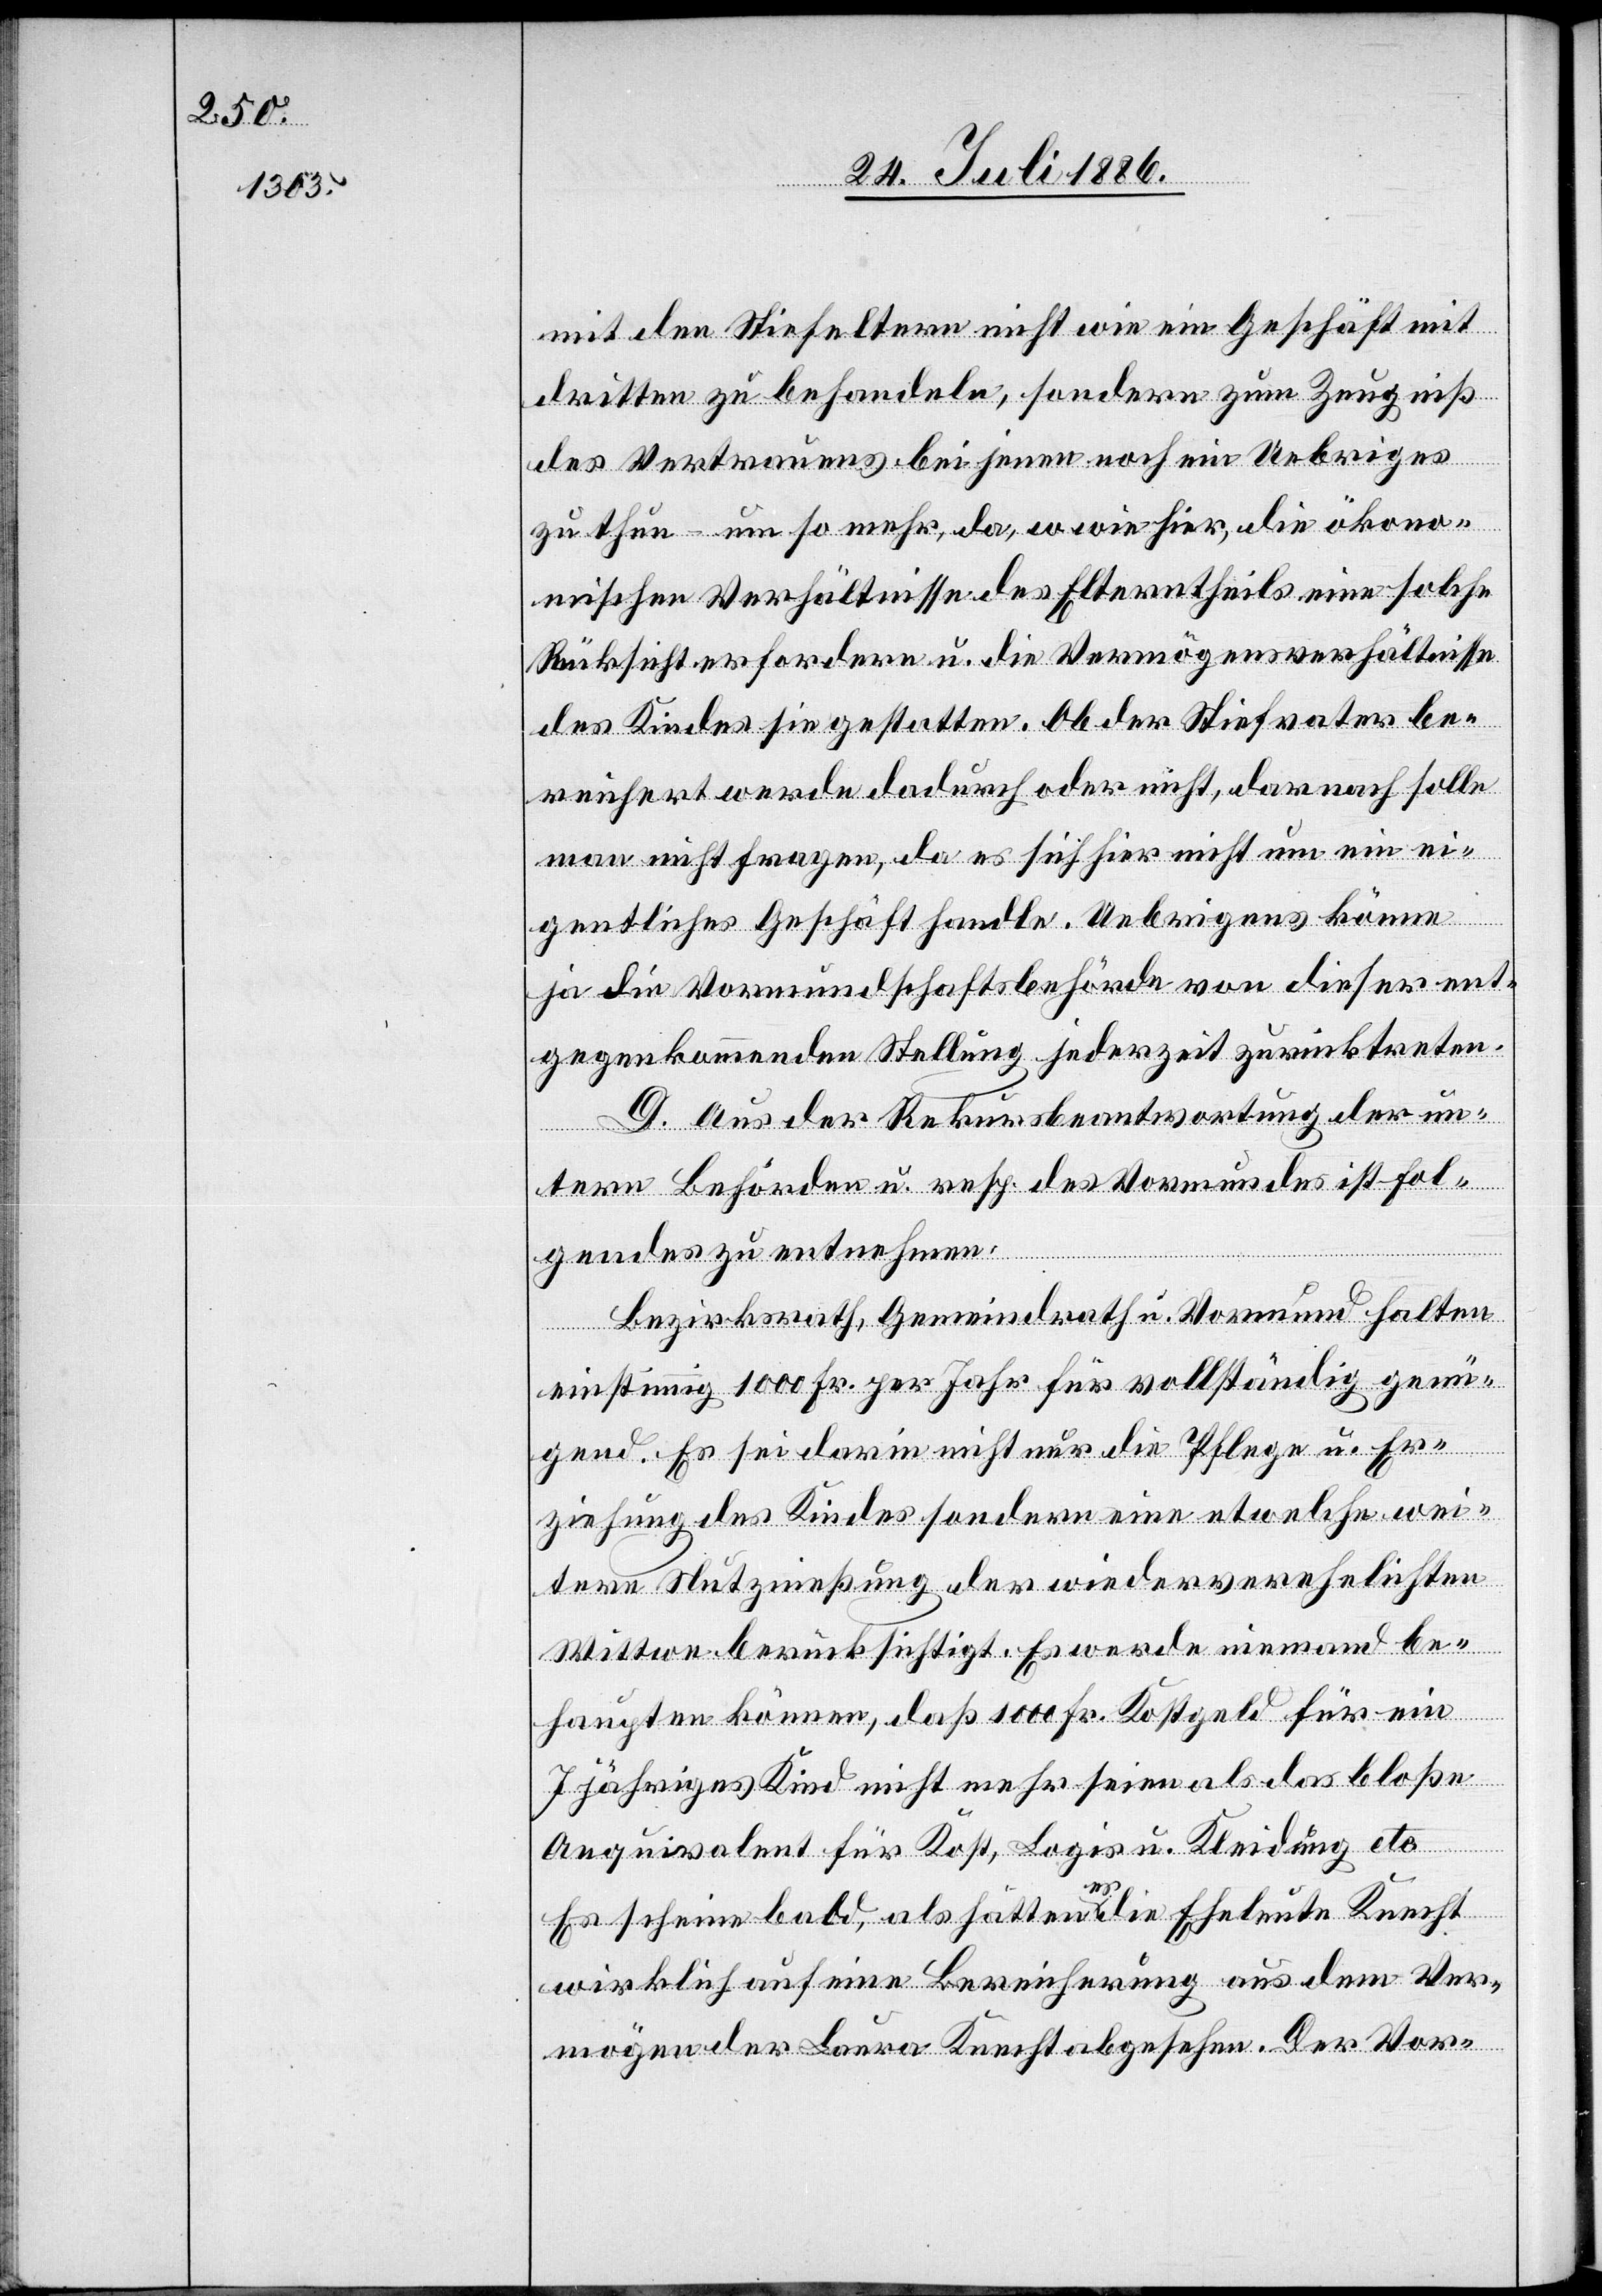
mit den Stiefeltern nicht wie ein Geschäft mit
dritten zu behandeln, sondern zum Zeugniß
des Vertrauens bei jenen noch ein Uebriges
zu thun – um so mehr, da, w wie hier [sic!], die ökono¬
mischen Verhältnisse des Elterntheils eine solche
Rücksicht erfordern u. die Vermögensverhältnisse
des Kindes sie gestatten. Ob der Stiefvater be¬
reichert werde dadurch oder nicht, darauf solle
man nicht fragen, da es sich hier nicht um ein ei¬
gentliches Geschäft handle. Uebrigens könne
ja die Vormundschaftsbehörde von dieser ent¬
gegenkommenden Stellung jederzeit zurücktreten.
D. Aus der Rekursbeantwortung der un¬
tern Behörden u. resp. [sic!] des Vormundes ist Fol¬
gendes zu entnehmen.
Bezirksrath, Gemeindrath u. Vormund halten
einstimmig 1000 Fr. per Jahr für vollständig genü¬
gend. Es sei darin nicht nur die Pflege u. Er¬
ziehung des Kindes sondern eine etwelche wei¬
tere Nutznießung der wiederverehelichten
Wittwe berücksichtigt. Es werde niemand be¬
haupten können, daß 1000 Fr. Kostgeld für ein
7 jähriges Kind nicht mehr seien als das bloße
Aequivalent für Kost, Logis u. Kleidung etc.
Es scheine bald, als hätten es die Eheleute Knecht
wirklich auf eine Bereicherung aus dem Ver¬
mögen der Laura Knecht abgesehen. Der Vor-